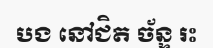
បង នៅជិត ច័ន្ទ រះ